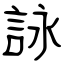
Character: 詠